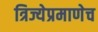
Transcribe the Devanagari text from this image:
त्रिज्येप्रमाणेच